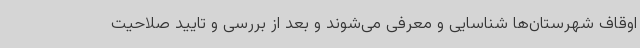
اوقاف شهرستان‌ها شناسایی و معرفی می‌شوند و بعد از بررسی و تایید صلاحیت